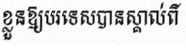
ខ្លួនឱ្យបរទេសបានស្គាល់ពី